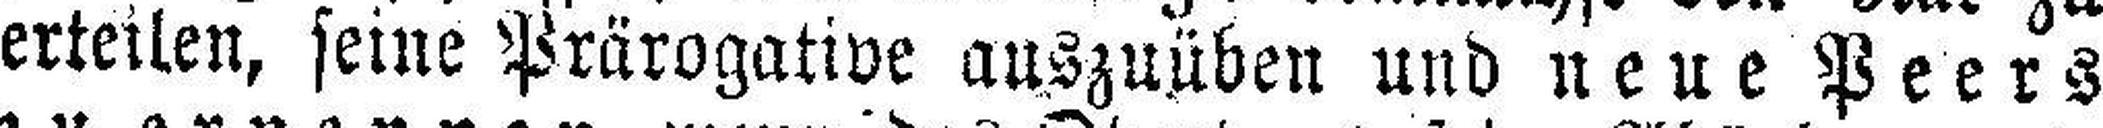
erteilen, seine Prärogative auszuüben und neue Peers